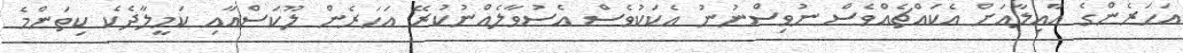
އަހަރެންގެ އާއިލާއަށް އެކައްޗެއްވެސް ނުވިސްނުނު އެކަކުވެސް އެސުވާލެއްނުކުރޭ އަހަރެން ލޫކަސްއާއި ކަމީލާދެކެ ކިތަންމެ